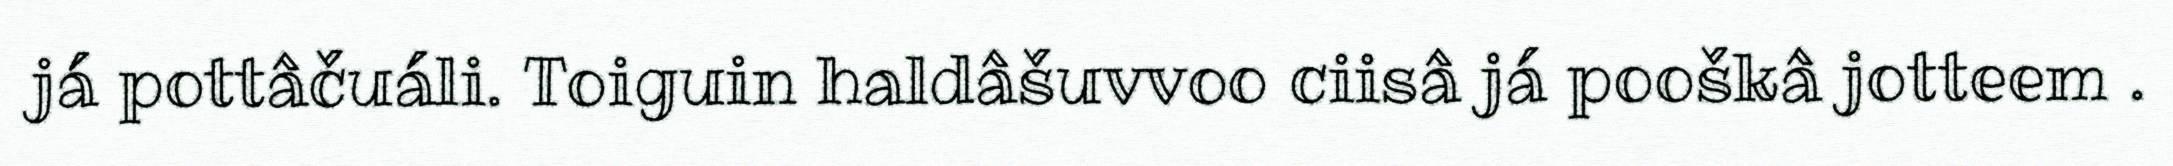
já pottâčuáli. Toiguin haldâšuvvoo ciisâ já pooškâ jotteem .